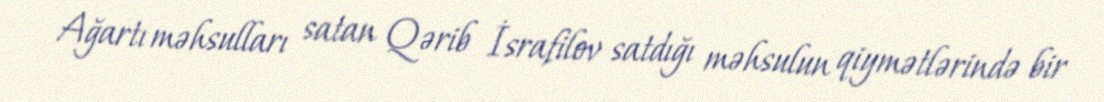
Ağartı məhsulları satan Qərib İsrafilov satdığı məhsulun qiymətlərində bir